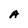
Character: A